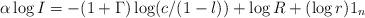
LaTeX: \begin{align*}& \alpha \log I = - ( 1 + \Gamma )\log ( c / ( 1- l ) ) + \log R + (\log r) 1_n\end{align*}